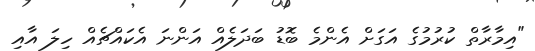
"އިމާރާތް ކުރުމުގެ އަގަށް އެންމެ ބޮޑު ބަދަލެއް އަންނަ އެކައްޗެއް ހިލަ އާއި